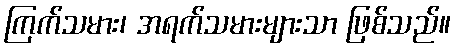
ကြက်သမား၊ အရက်သမားများသာ ဖြစ်သည်။